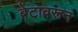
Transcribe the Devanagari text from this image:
बेटावरून